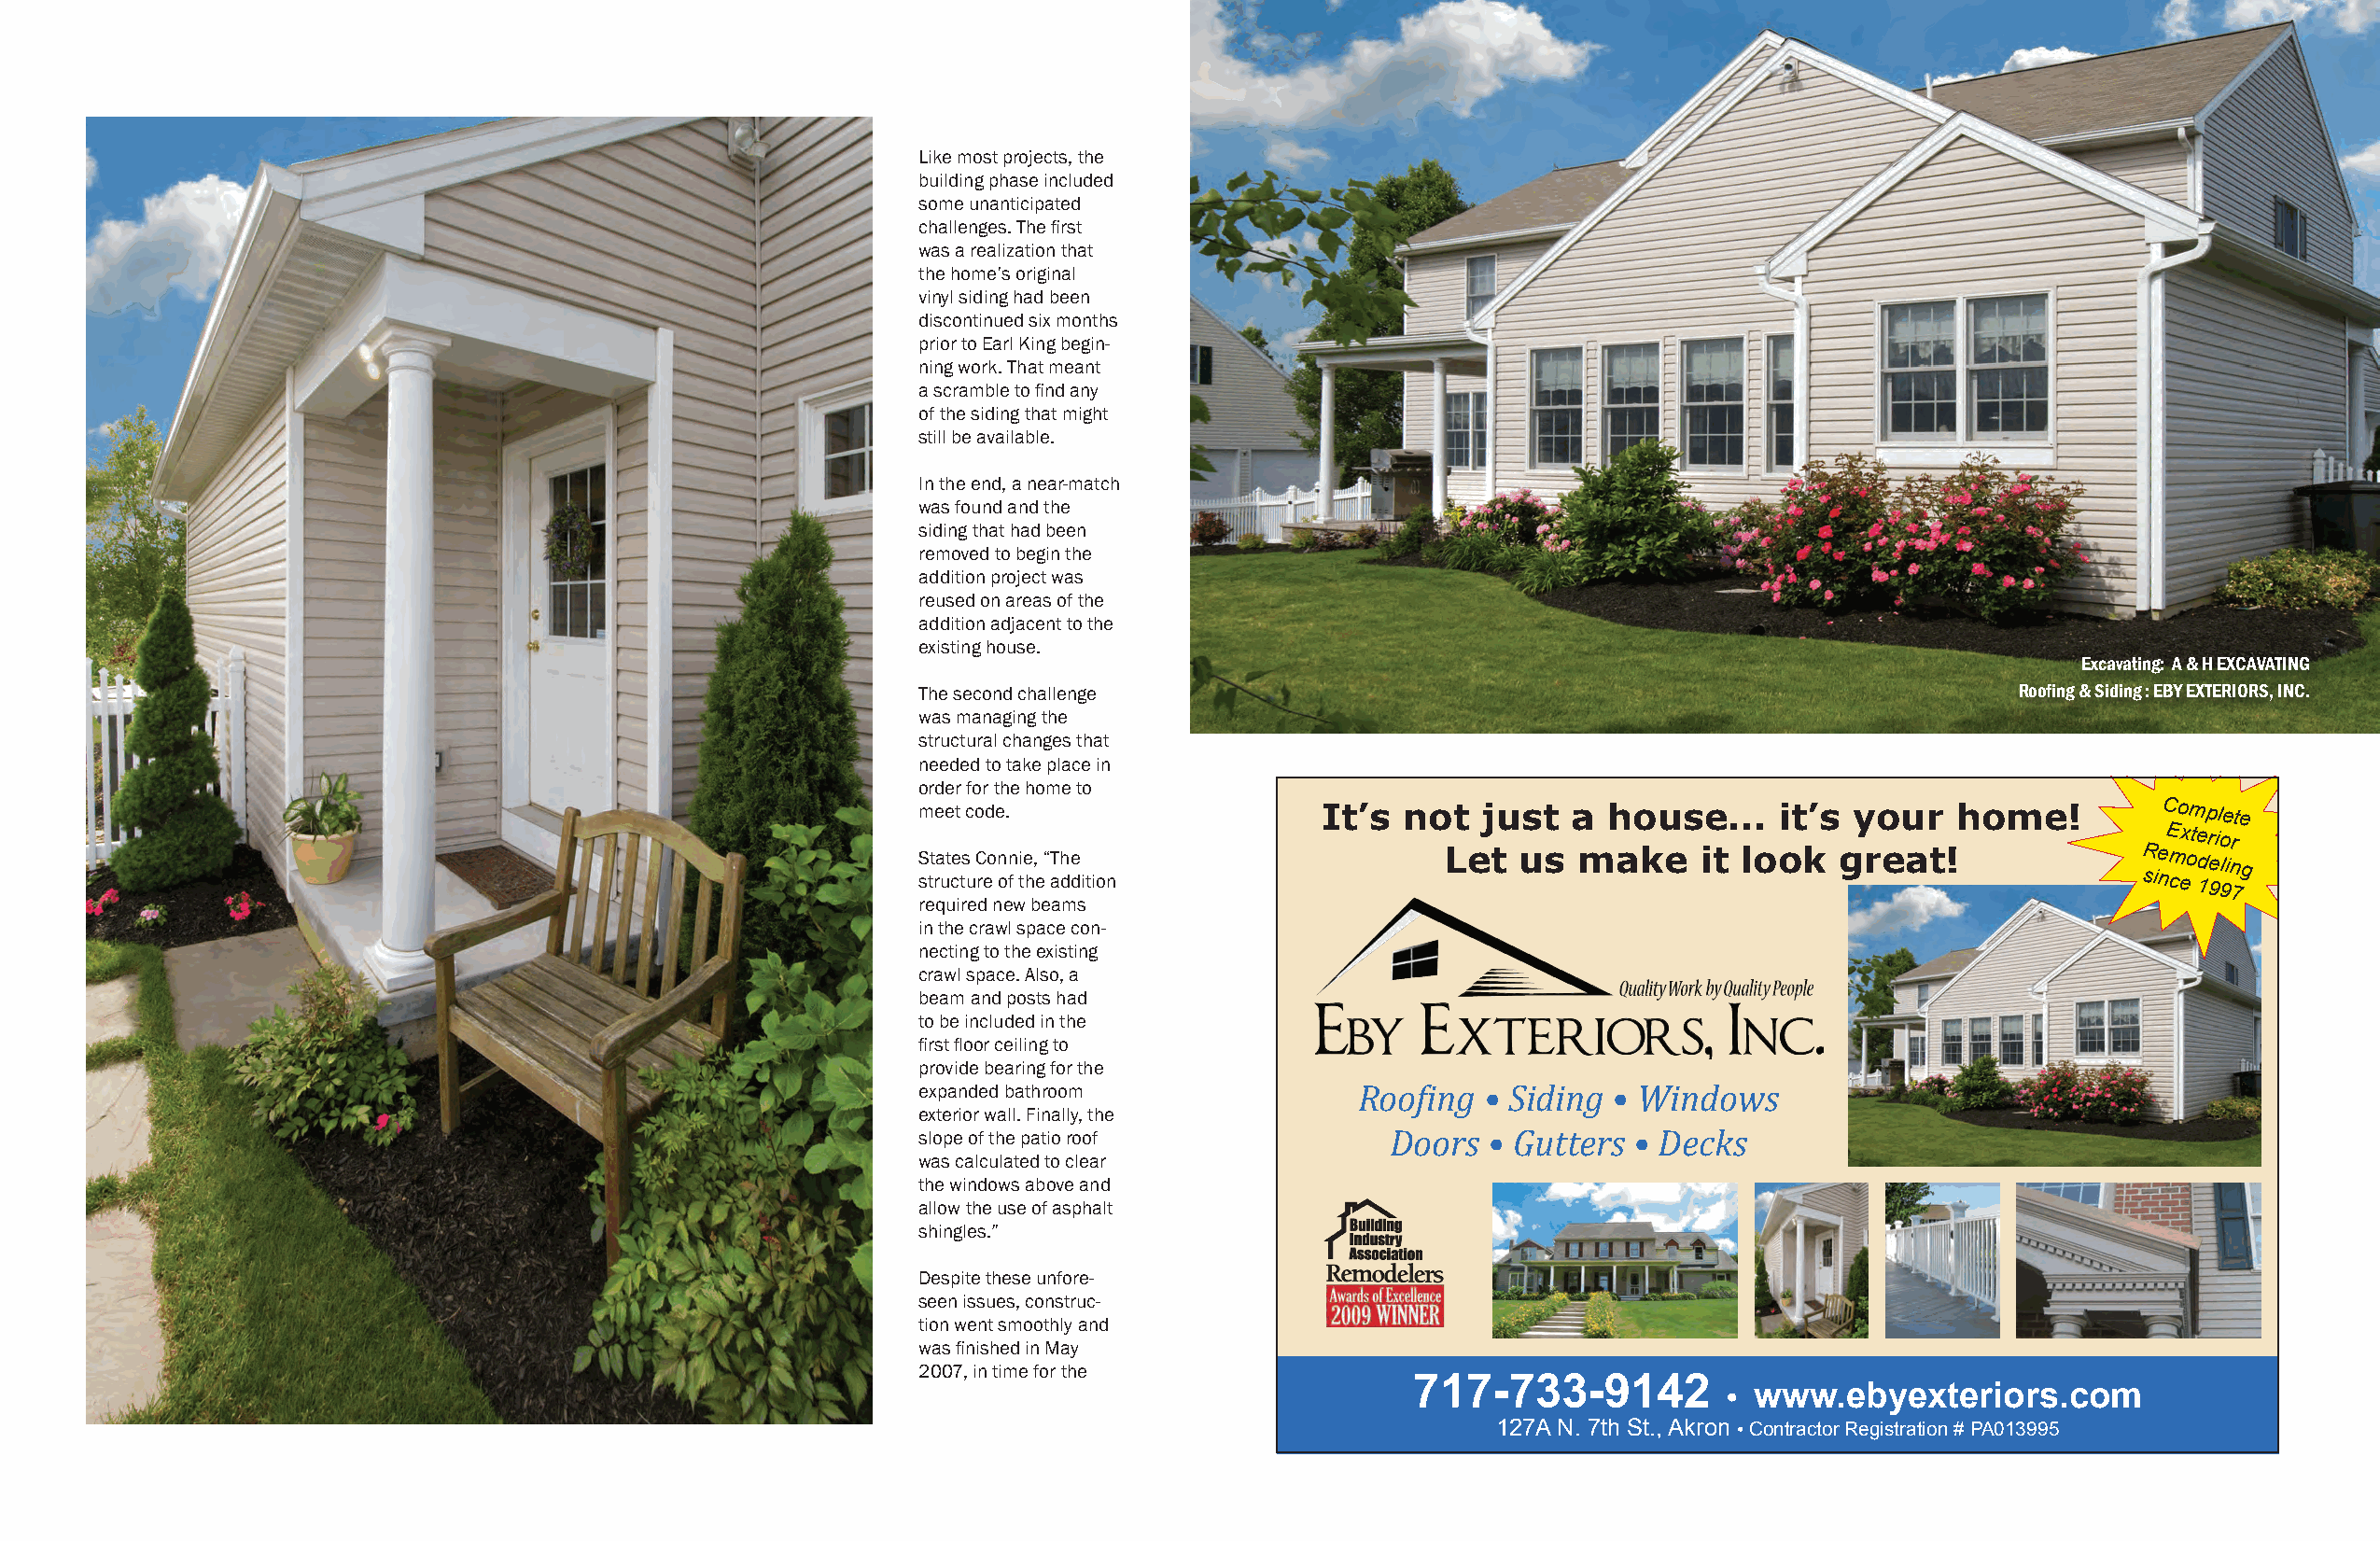
Like most projects, the
 building phase included
 some unanticipated
 challenges. The first
 was a realization that
 the home’s original
 vinyl siding had been
 discontinued six months
 prior to Earl King begin-
 ning work. That meant
 a scramble to find any
 of the siding that might
 still be available.
 In the end, a near-match
 was found and the
 siding that had been
 removed to begin the
 addition project was
 reused on areas of the
 addition adjacent to the
 existing house.
 Excavating: A & H EXCAVATING
 The second challenge                                                          Roofing & Siding : EBY EXTERIORS, INC.
 was managing the
 structural changes that
 needed to take place in
 order for the home to
 meet code.                   It’s  not  just  a  house...    it’s your    home!         Complete
 Exterior
 S stt ra ut ce ts
 u
 C reo n on
 f
 i te h,
 e
 “ aTh de
 d ition
 Let   us  make     it look  great!                R sie nm ceo 1d 9e 9lin 7g
 required new beams
 in the crawl space con-
 necting to the existing
 crawl space. Also, a
 beam and posts had
 to be included in the
 first floor ceiling to
 provide bearing for the
 expanded bathroom              Roofing  • Siding • Windows
 exterior wall. Finally, the
 slope of the patio roof           Doors  • Gutters • Decks
 was calculated to clear
 the windows above and
 allow the use of asphalt
 shingles.”
 Despite these unfore-
 seen issues, construc-
 tion went smoothly and
 was finished in May
 2007, in time for the
 717-733-9142
 • www.ebyexteriors.com
 127A N. 7th St., Akron • Contractor Registration # PA013995